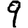
Digit: 9